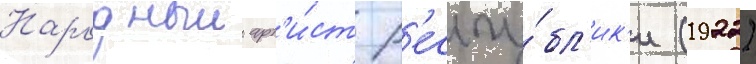
Народныи арт'и́ст р'еспу́бл'ик'и (1922)